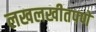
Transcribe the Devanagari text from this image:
लखलखीतपणे